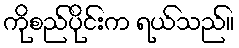
ကိုစည်ပိုင်းက ရယ်သည်။